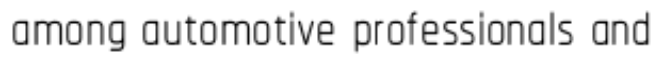
among automotive professionals and